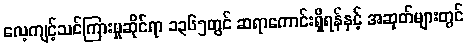
လေ့ကျင့်သင်ကြားမှုဆိုင်ရာ ၁၃၆၅တွင် ဆရာကောင်းရှိရန်နှင့် အဆုတ်များတွင်